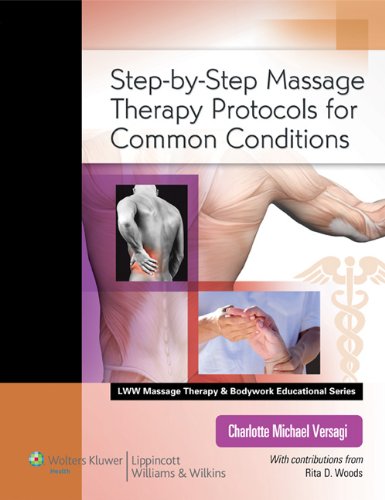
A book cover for Step-by-Step Massage Therapy Protocols for Common Conditions (LWW Massage Therapy and Bodywork Educational Series); Charlotte Michael Versagi LMT  NCTMB; Health, Fitness & Dieting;